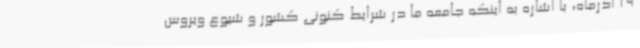
19 آذرماه، با اشاره به اینکه جامعه ما در شرایط کنونی کشور و شیوع ویروس